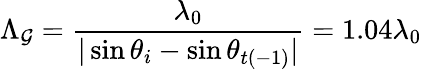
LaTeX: \Lambda_{\mathcal{G}}=\frac{{\lambda_{0}}}{{|\sin\theta_{i}-\sin\theta_{t(-1)}|}}=1.04\lambda_{0}